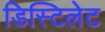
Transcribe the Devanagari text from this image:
डिस्टिलेट